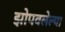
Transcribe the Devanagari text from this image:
झोपवलेल्या